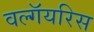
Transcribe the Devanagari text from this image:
वल्गॅयरिस